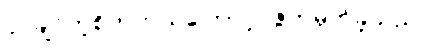
ပိုင်ချင်တဲ့စိတ်ကယ်ကြောင့် ဇွတ်မှိတ်ခဲ့သည်။